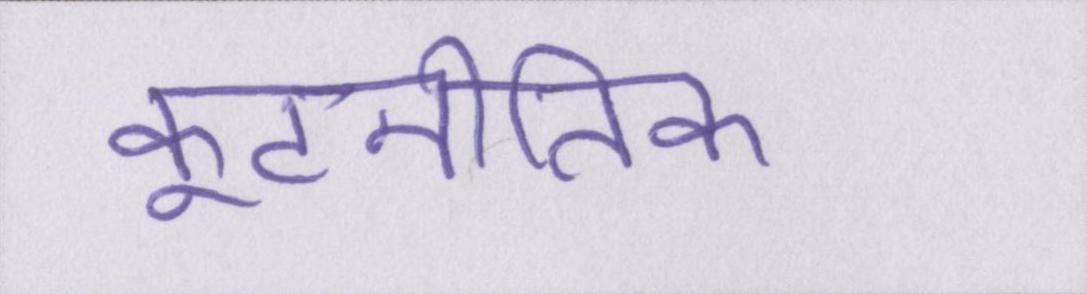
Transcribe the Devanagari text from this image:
कूटनीतिक